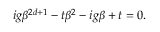
\begin{array} { r } { i g \beta ^ { 2 d + 1 } - t \beta ^ { 2 } - i g \beta + t = 0 . } \end{array}